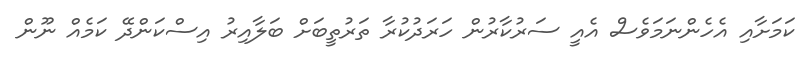
ކަމަށާއި އެެހެންނަމަވެސް އެއީ ސަރުކާރުން ހަރަދުކުރާ ތަރުތީބަށް ބަލާއިރު އިސްކަންދޭ ކަމެއް ނޫން